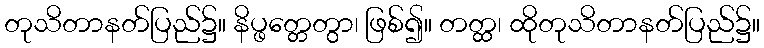
တုသိတာနတ်ပြည်၌။ နိပ္ဖတ္တေတွာ၊ ဖြစ်၍။ တတ္ထ၊ ထိုတုသိတာနတ်ပြည်၌။